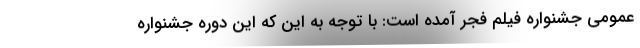
عمومی جشنواره فیلم فجر آمده است: با توجه به این که این دوره جشنواره